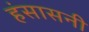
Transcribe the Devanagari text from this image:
हंसासनी